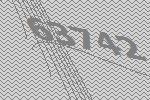
63742